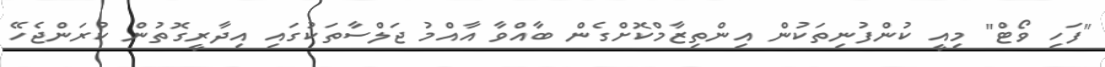
"ފަހި ވޯޓް" މިއީ ކުންފުނިތަކުން އިންތިޒާމްކޮށްގެން ބާއްވާ އާއްމު ޖަލްސާތަކުގައި އިދާރީގޮތުން ކުރަންޖެހޭ